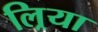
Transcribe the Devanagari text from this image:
ल्रिया